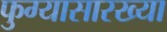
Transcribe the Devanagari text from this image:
फुग्यासारख्या